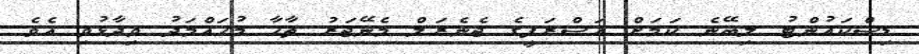
ޑިސްކައުންޓު ލިބޭނެ ކަމަށް އަސްރަފީގެ ޖެނެރަލް މެނޭޖަރު ތާހާ މުހައްމަދު ވިދާޅުވި އެވެ.